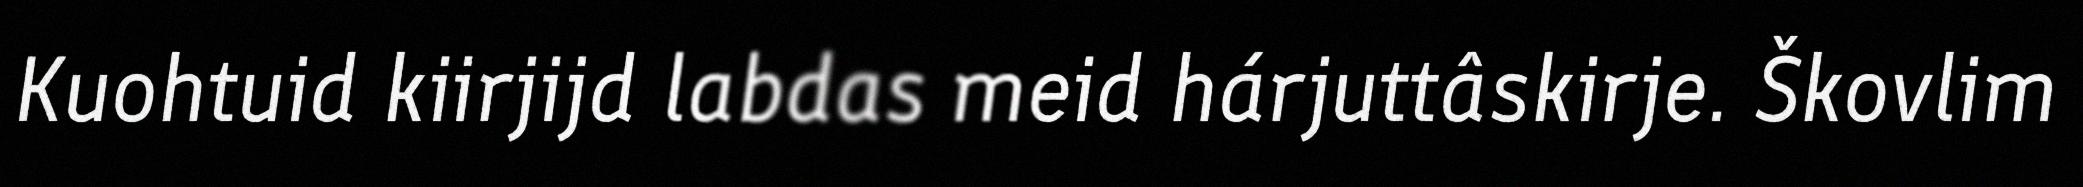
Kuohtuid kiirjijd labdas meid hárjuttâskirje. Škovlim